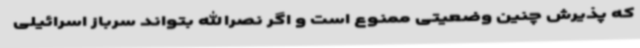
که پذیرش چنین وضعیتی ممنوع است و اگر نصرالله بتواند سرباز اسرائیلی